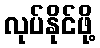
လုပ်နိုင်ဖို့